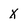
Character: X